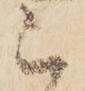
被